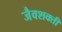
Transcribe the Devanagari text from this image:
जैवशक्ती